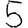
Digit: 5